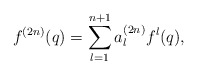
\begin{align*} f^{(2n)}(q)= \sum_{l=1}^{n+1} a_l^{(2n)} f^l(q),\end{align*}